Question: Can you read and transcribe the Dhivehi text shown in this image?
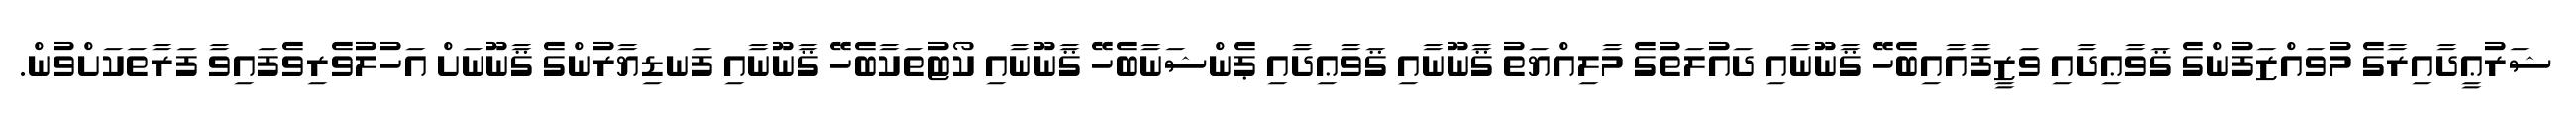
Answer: ޝަރުޢީދާއިރާގެ މުވައްޒަފުންގެ ޤަވާޢިދާއި ވަޒީފާއާއިބެހޭ ޤާނޫނާއި ދައުލަތުގެ މާލިއްޔަތު ޤާނޫނާއި ޤަވާޢިދާއި ޕެންޝަނާބެހޭ ޤާނޫނާއި ކޯޓުތަކާބެހޭ ޤާނޫނާއި ފަނޑިޔާރުންގެ ޤާނޫނަށް އަހުލުވެރިވެފައިވާ ފަރާތަކަށްވުން.